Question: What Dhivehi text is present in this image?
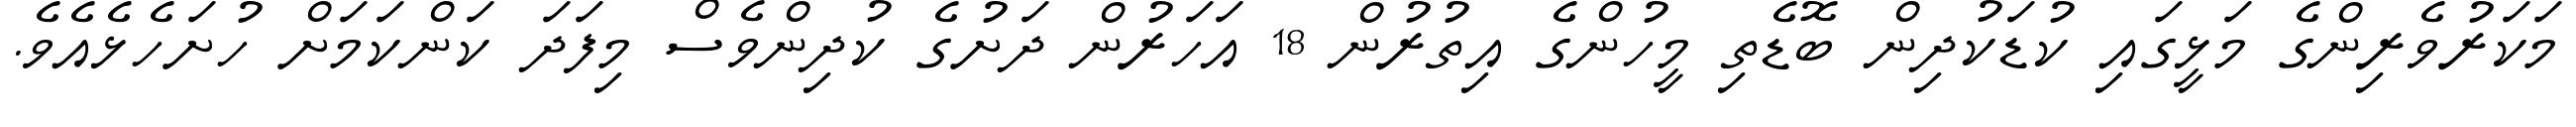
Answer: މަކަރުވެރިންގެ މަޅީގައި ކުޑަކުދިން ބޮޑެތި މީހުންގެ އިތުރުން 18 އަހަރުން ދަށުގެ ކުދިންވެސް މިފަދަ ކަންކަމަށް ހުށަހެޅެއެވެ.